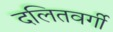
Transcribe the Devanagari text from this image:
दलितवर्गी